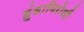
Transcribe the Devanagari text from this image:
हुंडाविरोधी